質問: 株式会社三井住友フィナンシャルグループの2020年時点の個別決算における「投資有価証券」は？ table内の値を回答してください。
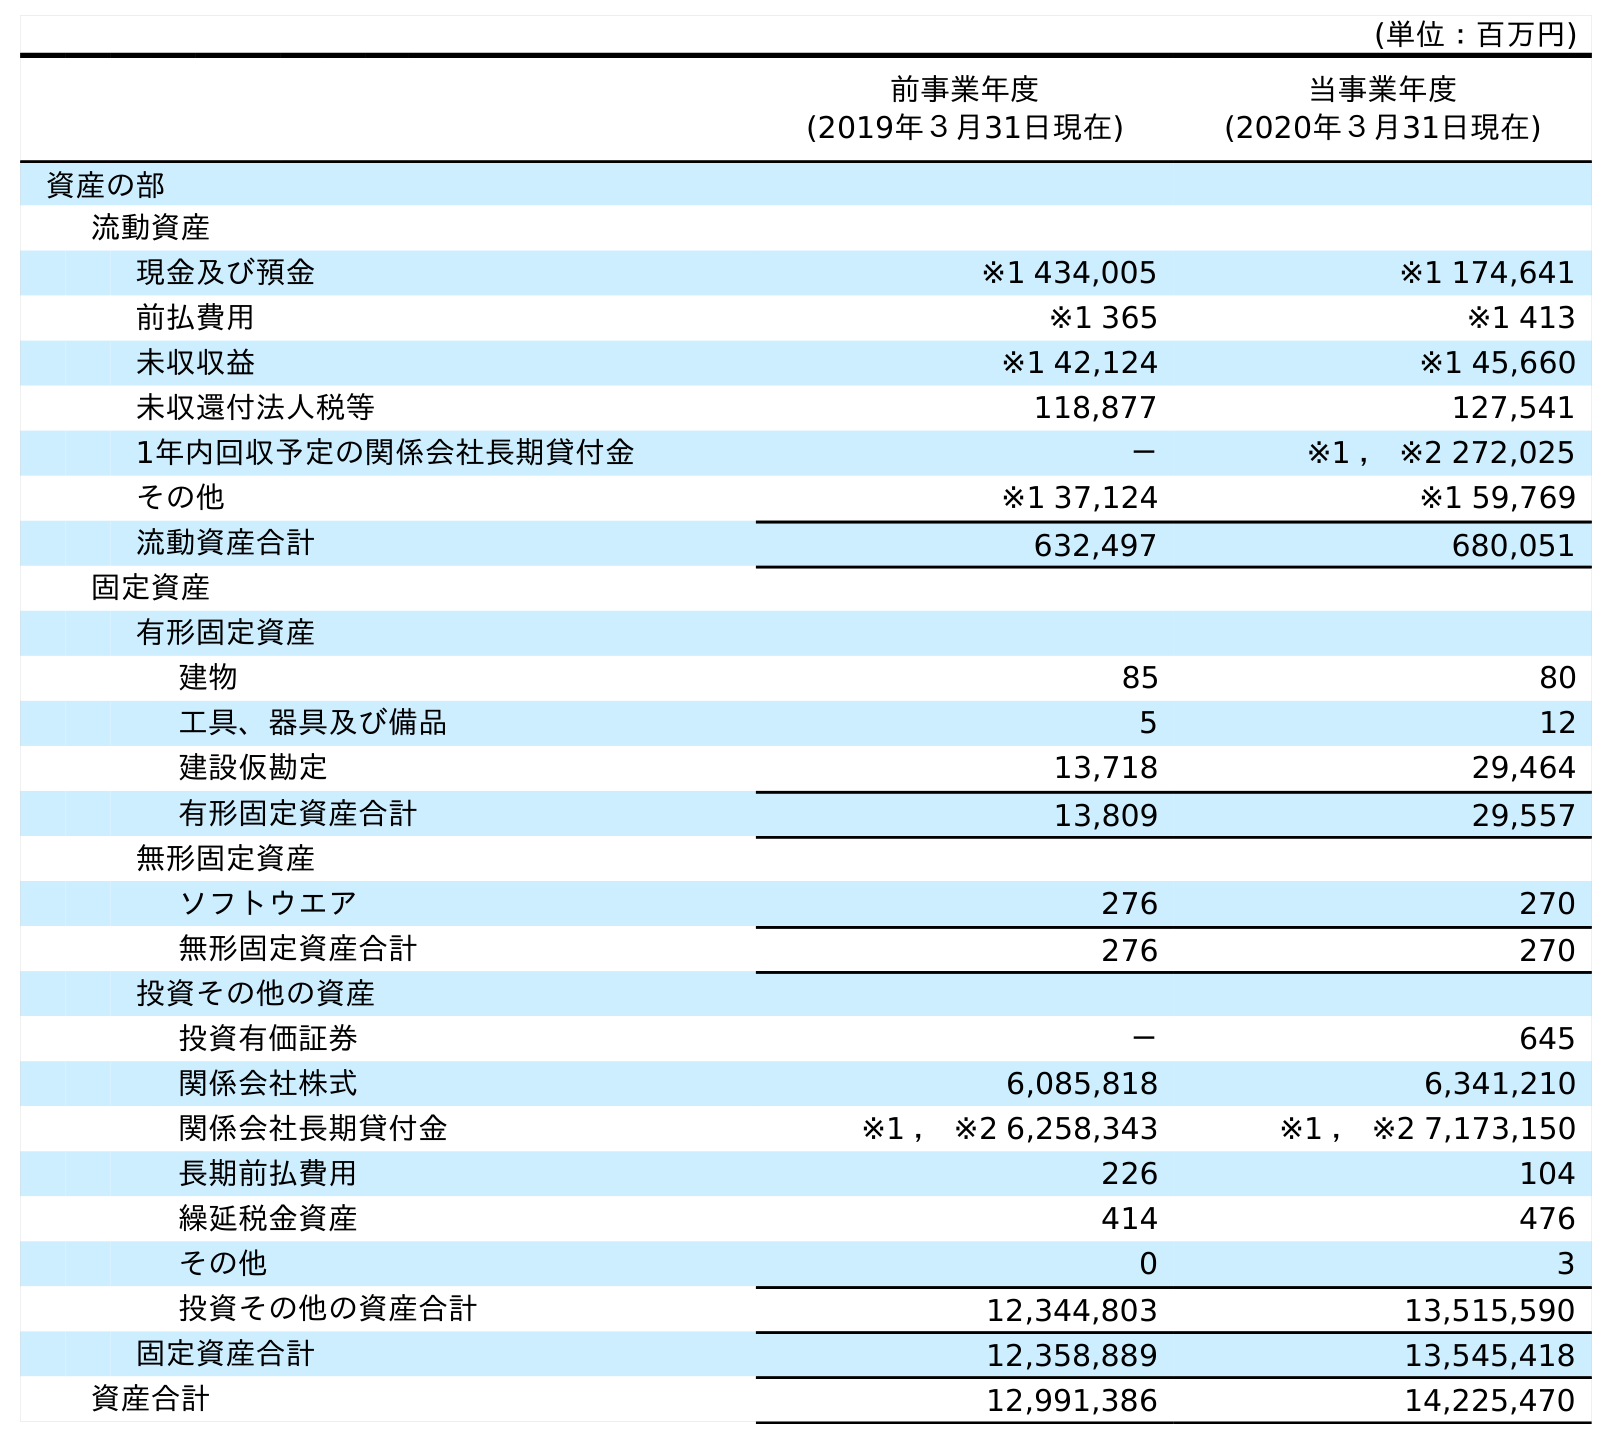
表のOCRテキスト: (単位：百万円) 前事業年度 (2019年３月31日現在) 当事業年度 (2020年３月31日現在) 資産の部 流動資産 現金及び預金 ※1 434,005 ※1 174,641 前払費用 ※1 365 ※1 413 未収収益 ※1 42,124 ※1 45,660 未収還付法人税等 118,877 127,541 1年内回収予定の関係会社長期貸付金 － ※1 ， ※2 272,025 その他 ※1 37,124 ※1 59,769 流動資産合計 632,497 680,051 固定資産 有形固定資産 建物 85 80 工具、器具及び備品 5 12 建設仮勘定 13,718 29,464 有形固定資産合計 13,809 29,557 無形固定資産 ソフトウエア 276 270 無形固定資産合計 276 270 投資その他の資産 投資有価証券 － 645 関係会社株式 6,085,818 6,341,210 関係会社長期貸付金 ※1 ， ※2 6,258,343 ※1 ， ※2 7,173,150 長期前払費用 226 104 繰延税金資産 414 476 その他 0 3 投資その他の資産合計 12,344,803 13,515,590 固定資産合計 12,358,889 13,545,418 資産合計 12,991,386 14,225,470
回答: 645